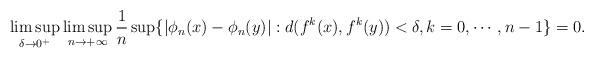
LaTeX: \begin{align*}\limsup_{\delta \to 0^+}\limsup_{n \to +\infty}\dfrac{1}{n}\sup\{|\phi_n(x)-\phi_n(y)|: d(f^k(x),f^k(y)) < \delta, k = 0, \cdots , n-1\} = 0.\end{align*}